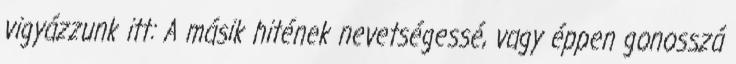
vigyázzunk itt: A másik hitének nevetségessé, vagy éppen gonosszá